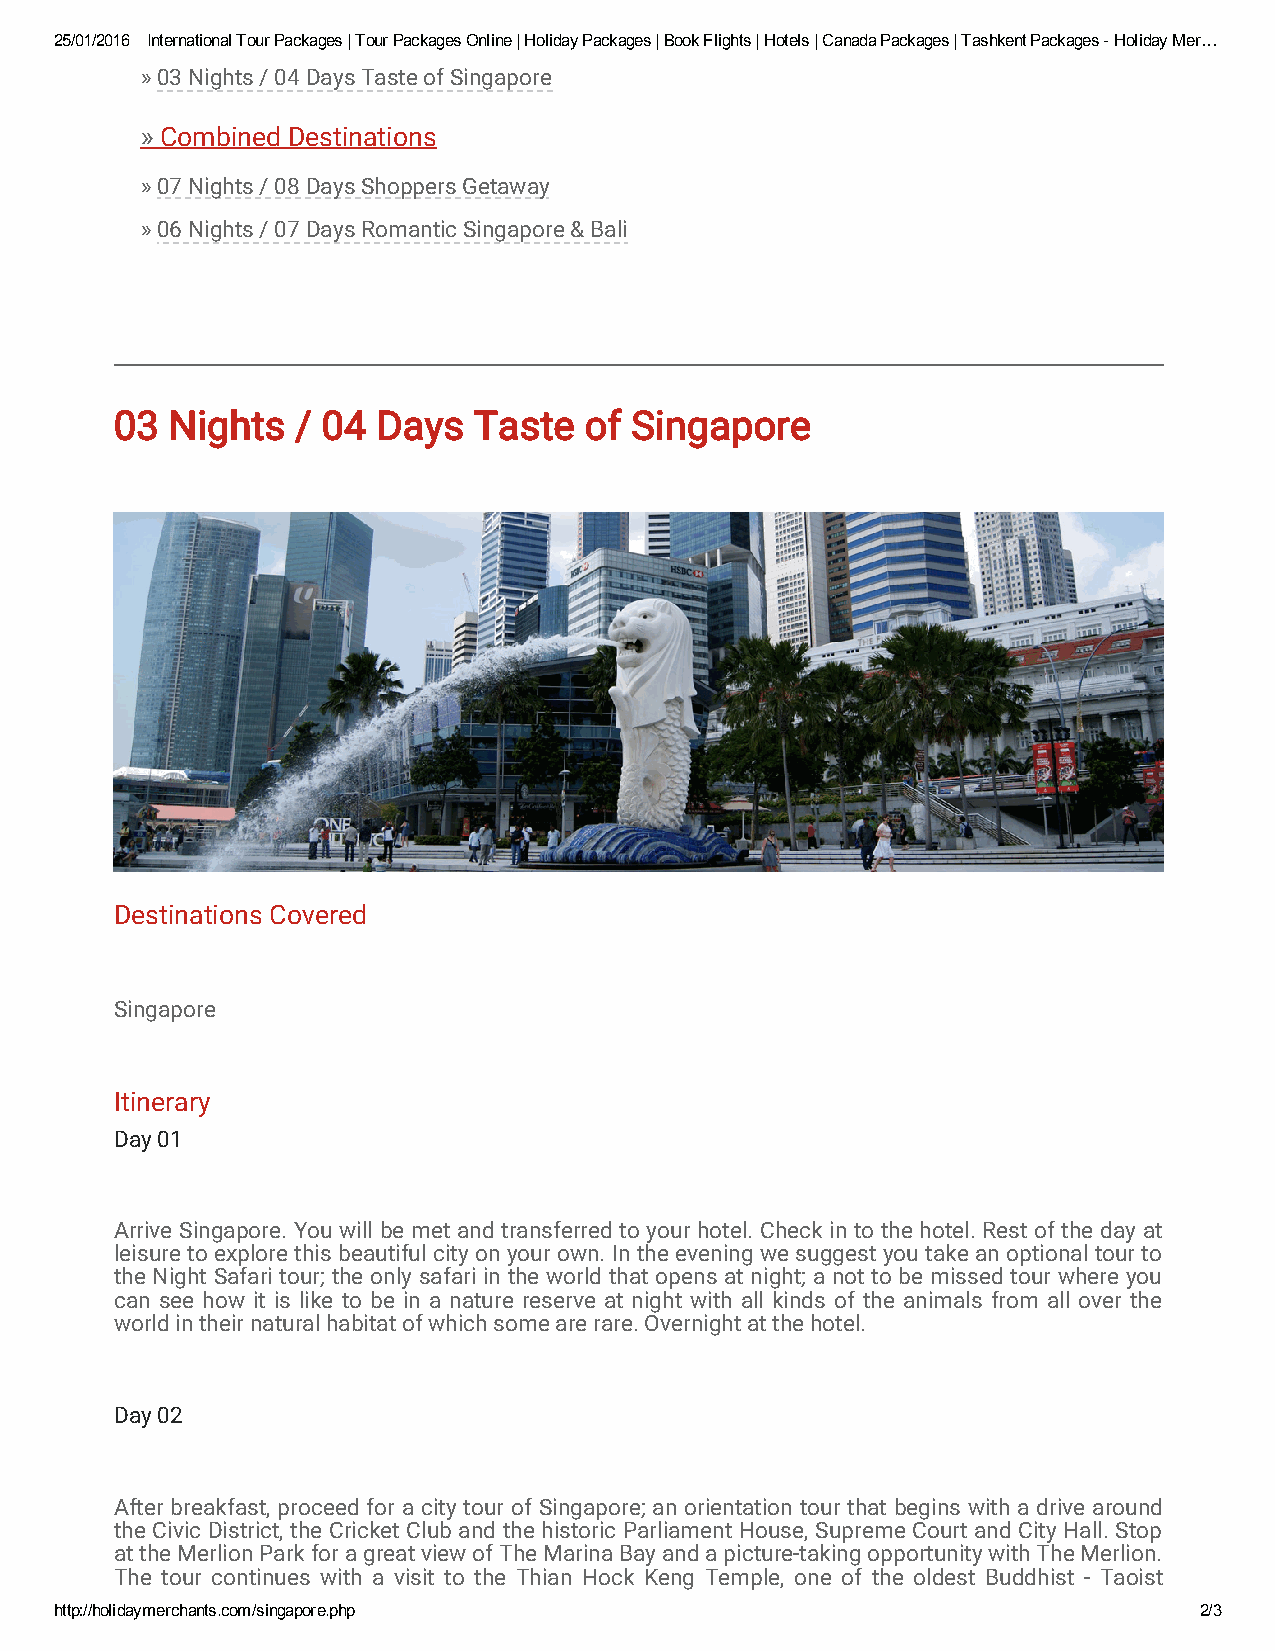
25/01/2016 International Tour Packages | Tour Packages Online | Holiday Packages | Book Flights | Hotels | Canada Packages | Tashkent Packages ­ Holiday Mer…
 » 03 Nights / 04 Days Taste of Singapore
 » Combined Destinations
 » 07 Nights / 08 Days Shoppers Getaway
 » 06 Nights / 07 Days Romantic Singapore & Bali
 03 Nights   / 04 Days  Taste   of Singapore
 Destinations Covered
 Singapore
 Itinerary
 Day 01
 Arrive Singapore. You will be met and transferred to your hotel. Check in to the hotel. Rest of the day at
 leisure to explore this beautiful city on your own. In the evening we suggest you take an optional tour to
 the Night Safari tour; the only safari in the world that opens at night; a not to be missed tour where you
 can see how it is like to be in a nature reserve at night with all kinds of the animals from all over the
 world in their natural habitat of which some are rare. Overnight at the hotel.
 Day 02
 After breakfast, proceed for a city tour of Singapore; an orientation tour that begins with a drive around
 the Civic District, the Cricket Club and the historic Parliament House, Supreme Court and City Hall. Stop
 at the Merlion Park for a great view of The Marina Bay and a picture-taking opportunity with The Merlion.
 The tour continues with a visit to the Thian Hock Keng Temple, one of the oldest Buddhist - Taoist
 temples on the island, before driving past Chinatown to a local handicraft centre. The final stop is at
 http://holidaymerchants.com/singapore.php                                  2/3